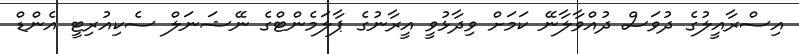
އިސްރާއީލުގެ ދުވަސް ދުއްވާލާނޭ ކަމަށް ވިދާޅުވީ އީރާނުގެ ޕާލަމެންޓްގެ ނޭޝަނަލް ސެކިއުރިޓީ އެންޑް